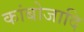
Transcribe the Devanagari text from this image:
कांबोजादि